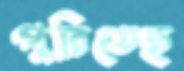
পুরিতেছ